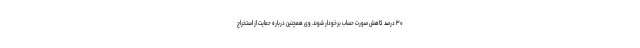
۳۰ درصد کاهش صورت حساب برخودار شوند. وی همچنین درباره حمایت از استخراج